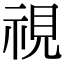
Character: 視